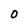
Character: O